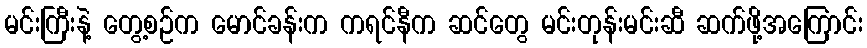
မင်းကြီးနဲ့ တွေ့စဉ်က မောင်ခန်းက ကရင်နီက ဆင်တွေ မင်းတုန်းမင်းဆီ ဆက်ဖို့အကြောင်း